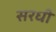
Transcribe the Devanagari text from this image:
सरधी